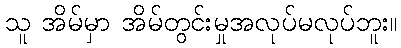
သူ အိမ်မှာ အိမ်တွင်းမှုအလုပ်မလုပ်ဘူး။